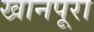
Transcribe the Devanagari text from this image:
खानपूरा